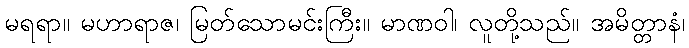
မရရာ။ မဟာရာဇ၊ မြတ်သောမင်းကြီး။ မာဏဝါ၊ လူတို့သည်။ အမိတ္တာနံ၊